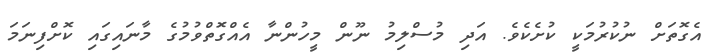
އެގޮތަށް ނުކުރުމަކީ ކުށެކެވެ. އަދި މުސްލިމު ނޫން މީހުންނާ އެއްގޮަތްވުމުގެ މާނައިގައި ކޮށްފިނަމަ